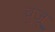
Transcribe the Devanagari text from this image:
वुजू